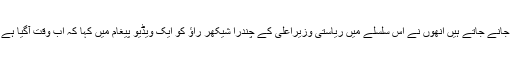
ٹی راجہ سنگھ جومتنازع اور تلخ نوائی کے حوالے سے جانے جاتے ہیں انھوں نے اس سلسلے میں ریاستی وزیراعلیٰ کے چندرا شیکھر راؤ کو ایک ویڈیو پیغام میں کہا کہ اب وقت آگیا ہے کہ پاکستان سے ہرقسم کے تعلقات منقطع کرلیے جائیں۔